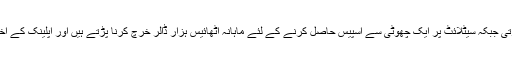
اس لئے کہ ان کی اکثریت اشتہار نشر نہیں کرتی جبکہ سیٹلائٹ پر ایک چھوٹی سے اسپیس حاصل کرنے کے لئے ماہانہ اٹھائیس ہزار ڈالر خرچ کرنا پڑتے ہیں اور اپلینک کے اخراجات کو ملا کر ساٹھ ہزار ڈالر بن جاتےہیں۔